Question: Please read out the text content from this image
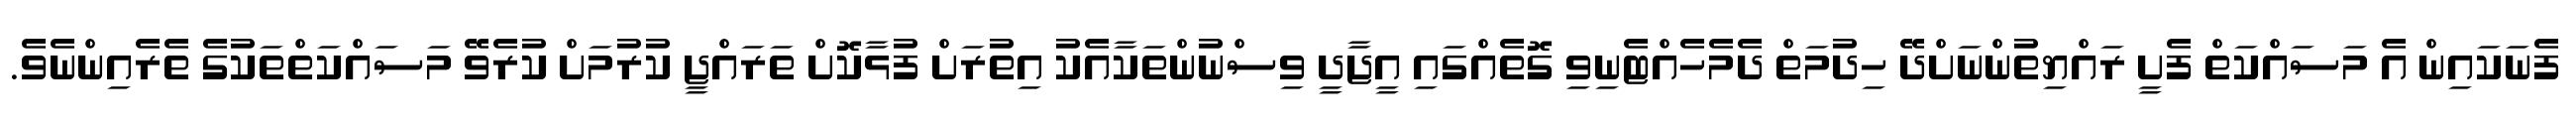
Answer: ފެނަކައިން އެ މަސައްކަތް ފެށީ ރައްޔިތުންނަށްދޭ ހިދުމަތް ދެމެހެއްޓެނިވި ގޮތެއްގައި އީޖާދީ ވިސްނުންތަކާއެކު އިތުރަށް ފުޅާކޮށް ތަރައްޖީ ކުރުމަށް ކުރެވޭ މަސައްކަތްތަކުގެ ތެރެއިންނެވެ.